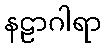
နဠာဂါရာ